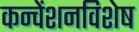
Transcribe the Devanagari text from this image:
कन्वेंशनविशेष